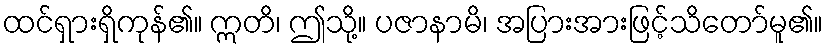
ထင်ရှားရှိကုန်၏။ ဣတိ၊ ဤသို့။ ပဇာနာမိ၊ အပြားအားဖြင့်သိတော်မူ၏။